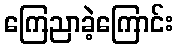
ကြေညာခဲ့ကြောင်း